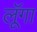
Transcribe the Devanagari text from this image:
लूॅगा